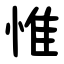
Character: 惟